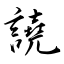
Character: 譊